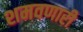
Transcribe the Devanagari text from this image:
शमवणारी